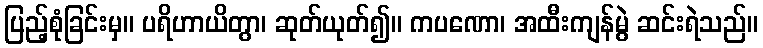
ပြည့်စုံခြင်းမှ။ ပရိဟာယိတွာ၊ ဆုတ်ယုတ်၍။ ကပဏော၊ အထီးကျန်မွဲ ဆင်းရဲသည်။